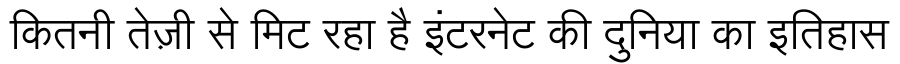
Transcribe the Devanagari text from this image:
कितनी तेज़ी से मिट रहा है इंटरनेट की दुनिया का इतिहास